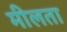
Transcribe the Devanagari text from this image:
मीलता